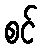
စင်